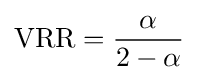
{\rm {VRR}}={\frac {\alpha }{2-\alpha }}